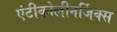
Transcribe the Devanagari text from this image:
एंटीकोलीनर्जिक्स